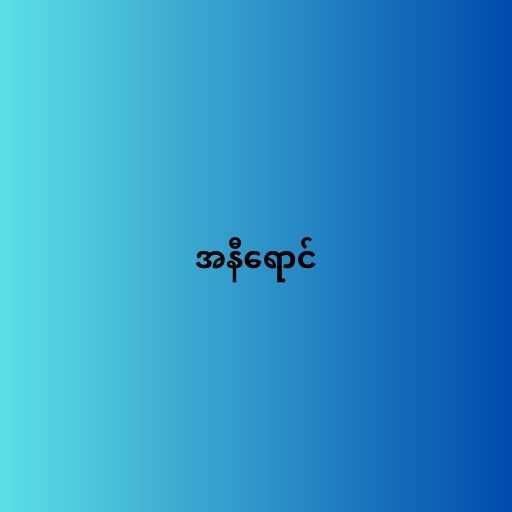
အနီရောင်